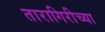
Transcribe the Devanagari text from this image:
तारागिरीच्या